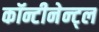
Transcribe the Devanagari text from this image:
कॉन्टीनेन्ट्ल